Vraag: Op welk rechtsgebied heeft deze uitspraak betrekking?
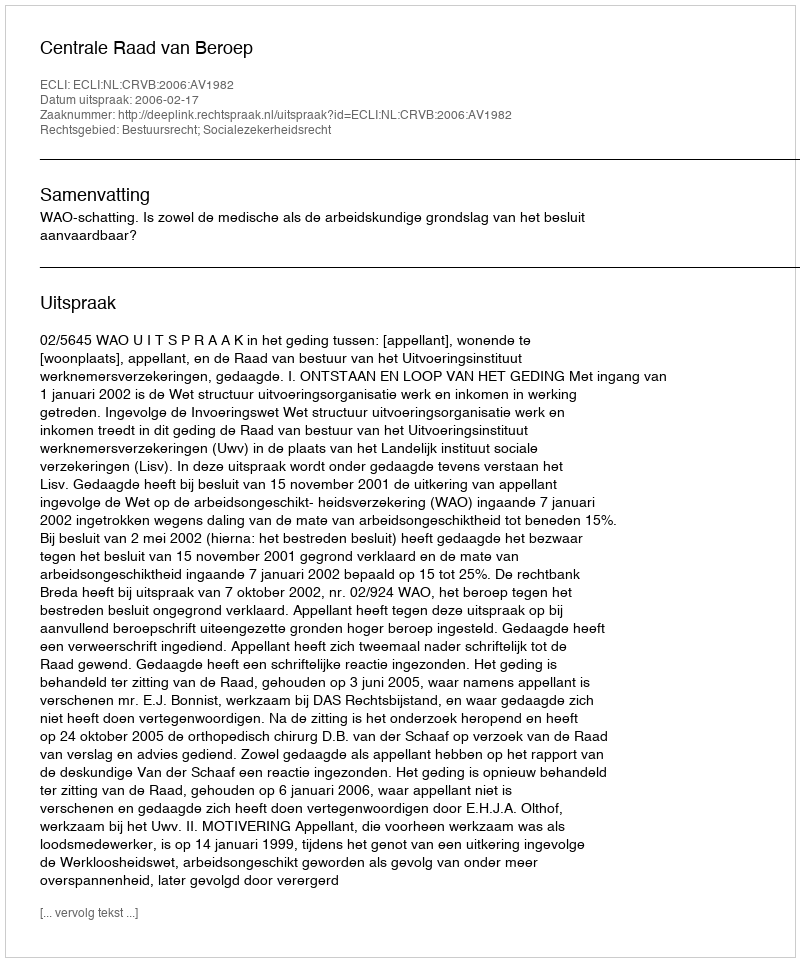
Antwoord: Bestuursrecht; Socialezekerheidsrecht